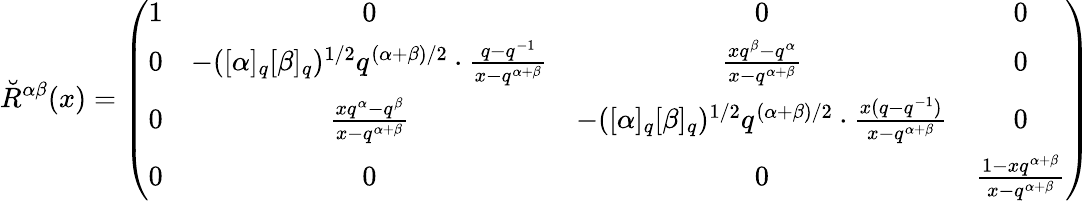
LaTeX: \breve{R}^{\alpha\beta}(x)=\left(\begin{array}{cccc}{{1}}&{{0}}&{{0}}&{{0}}\\ {{0}}&{{-([\alpha]_{q}[\beta]_{q})^{1/2}q^{(\alpha+\beta)/2}\cdot\frac{q-q^{-1}}{x-q^{\alpha+\beta}}}}&{{\frac{xq^{\beta}-q^{\alpha}}{x-q^{\alpha+\beta}}}}&{{0}}\\ {{0}}&{{\frac{xq^{\alpha}-q^{\beta}}{x-q^{\alpha+\beta}}}}&{{-([\alpha]_{q}[\beta]_{q})^{1/2}q^{(\alpha+\beta)/2}\cdot\frac{x(q-q^{-1})}{x-q^{\alpha+\beta}}}}&{{0}}\\ {{0}}&{{0}}&{{0}}&{{\frac{1-xq^{\alpha+\beta}}{x-q^{\alpha+\beta}}}}\end{array}\right)